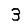
Digit: 3